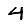
Digit: 4